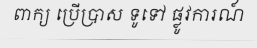
ពាក្យ ប្រើប្រាស ទូទៅ ផ្លូវការណ៍